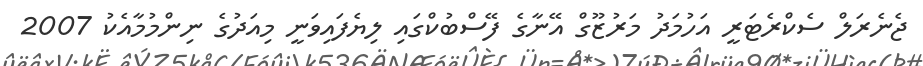
ޖެނެރަލް ސެކްރެޓަރީ އަހުމަދު މަރުޒޫގް އޭނާގެ ފޭސްބުކްގައި ލިޔެފައިވަނީ މިއަދުގެ ނިންމުމާއެކު 2007